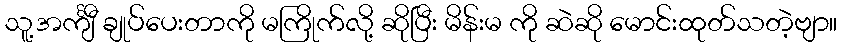
သူ့အင်္ကျီ ချုပ်ပေးတာကို မကြိုက်လို့ ဆိုပြီး မိန်းမ ကို ဆဲဆို မောင်းထုတ်သတဲ့ဗျာ။